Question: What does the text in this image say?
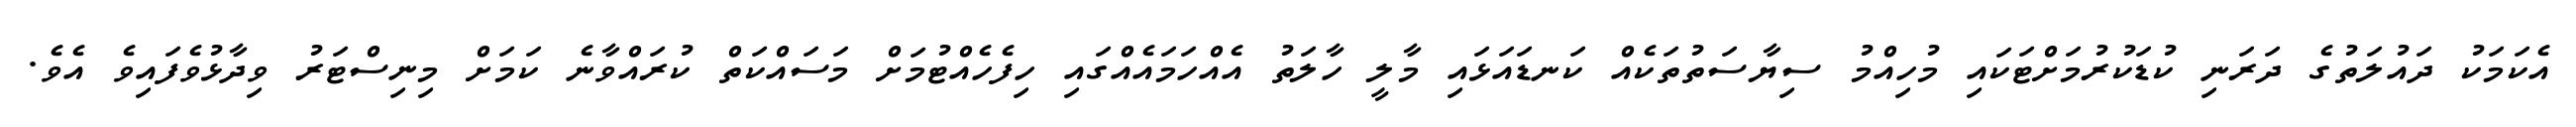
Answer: އެކަމަކު ދައުލަތުގެ ދަރަނި ކުޑަކުރުމަށްޓަކައި މުހިއްމު ސިޔާސަތުތަކެއް ކަނޑައަޅައި މާލީ ހާލަތު އެއްހަމައެއްގައި ހިފެހެއްޓުމަށް މަސައްކަތް ކުރައްވާނެ ކަމަށް މިނިސްޓަރު ވިދާޅުވެފައިވެ އެވެ.